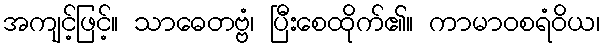
အကျင့်ဖြင့်။ သာဓေတဗ္ဗံ၊ ပြီးစေထိုက်၏။ ကာမာဝစရံဝိယ၊